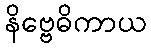
နိဗ္ဗေဓိကာယ